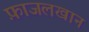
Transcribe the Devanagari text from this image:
फ़ाजलखान